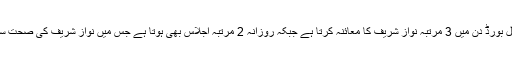
انہوں نے عدالت کو بتایا کہ میڈیکل بورڈ دن میں 3 مرتبہ نواز شریف کا معائنہ کرتا ہے جبکہ روزانہ 2 مرتبہ اجلاس بھی ہوتا ہے جس میں نواز شریف کی صحت سے متعلق فیصلے کیے جاتے ہیں۔